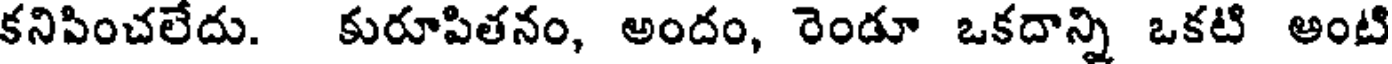
కనిపించలేదు. కురూపితనం, అందం, రెండూ ఒకదాన్ని ఒకటి అంటి